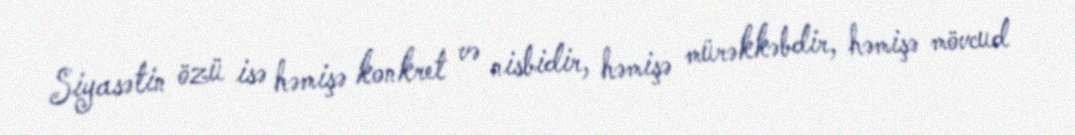
Siyasətin özü isə həmişə konkret və nisbidir, həmişə mürəkkəbdir, həmişə mövcud